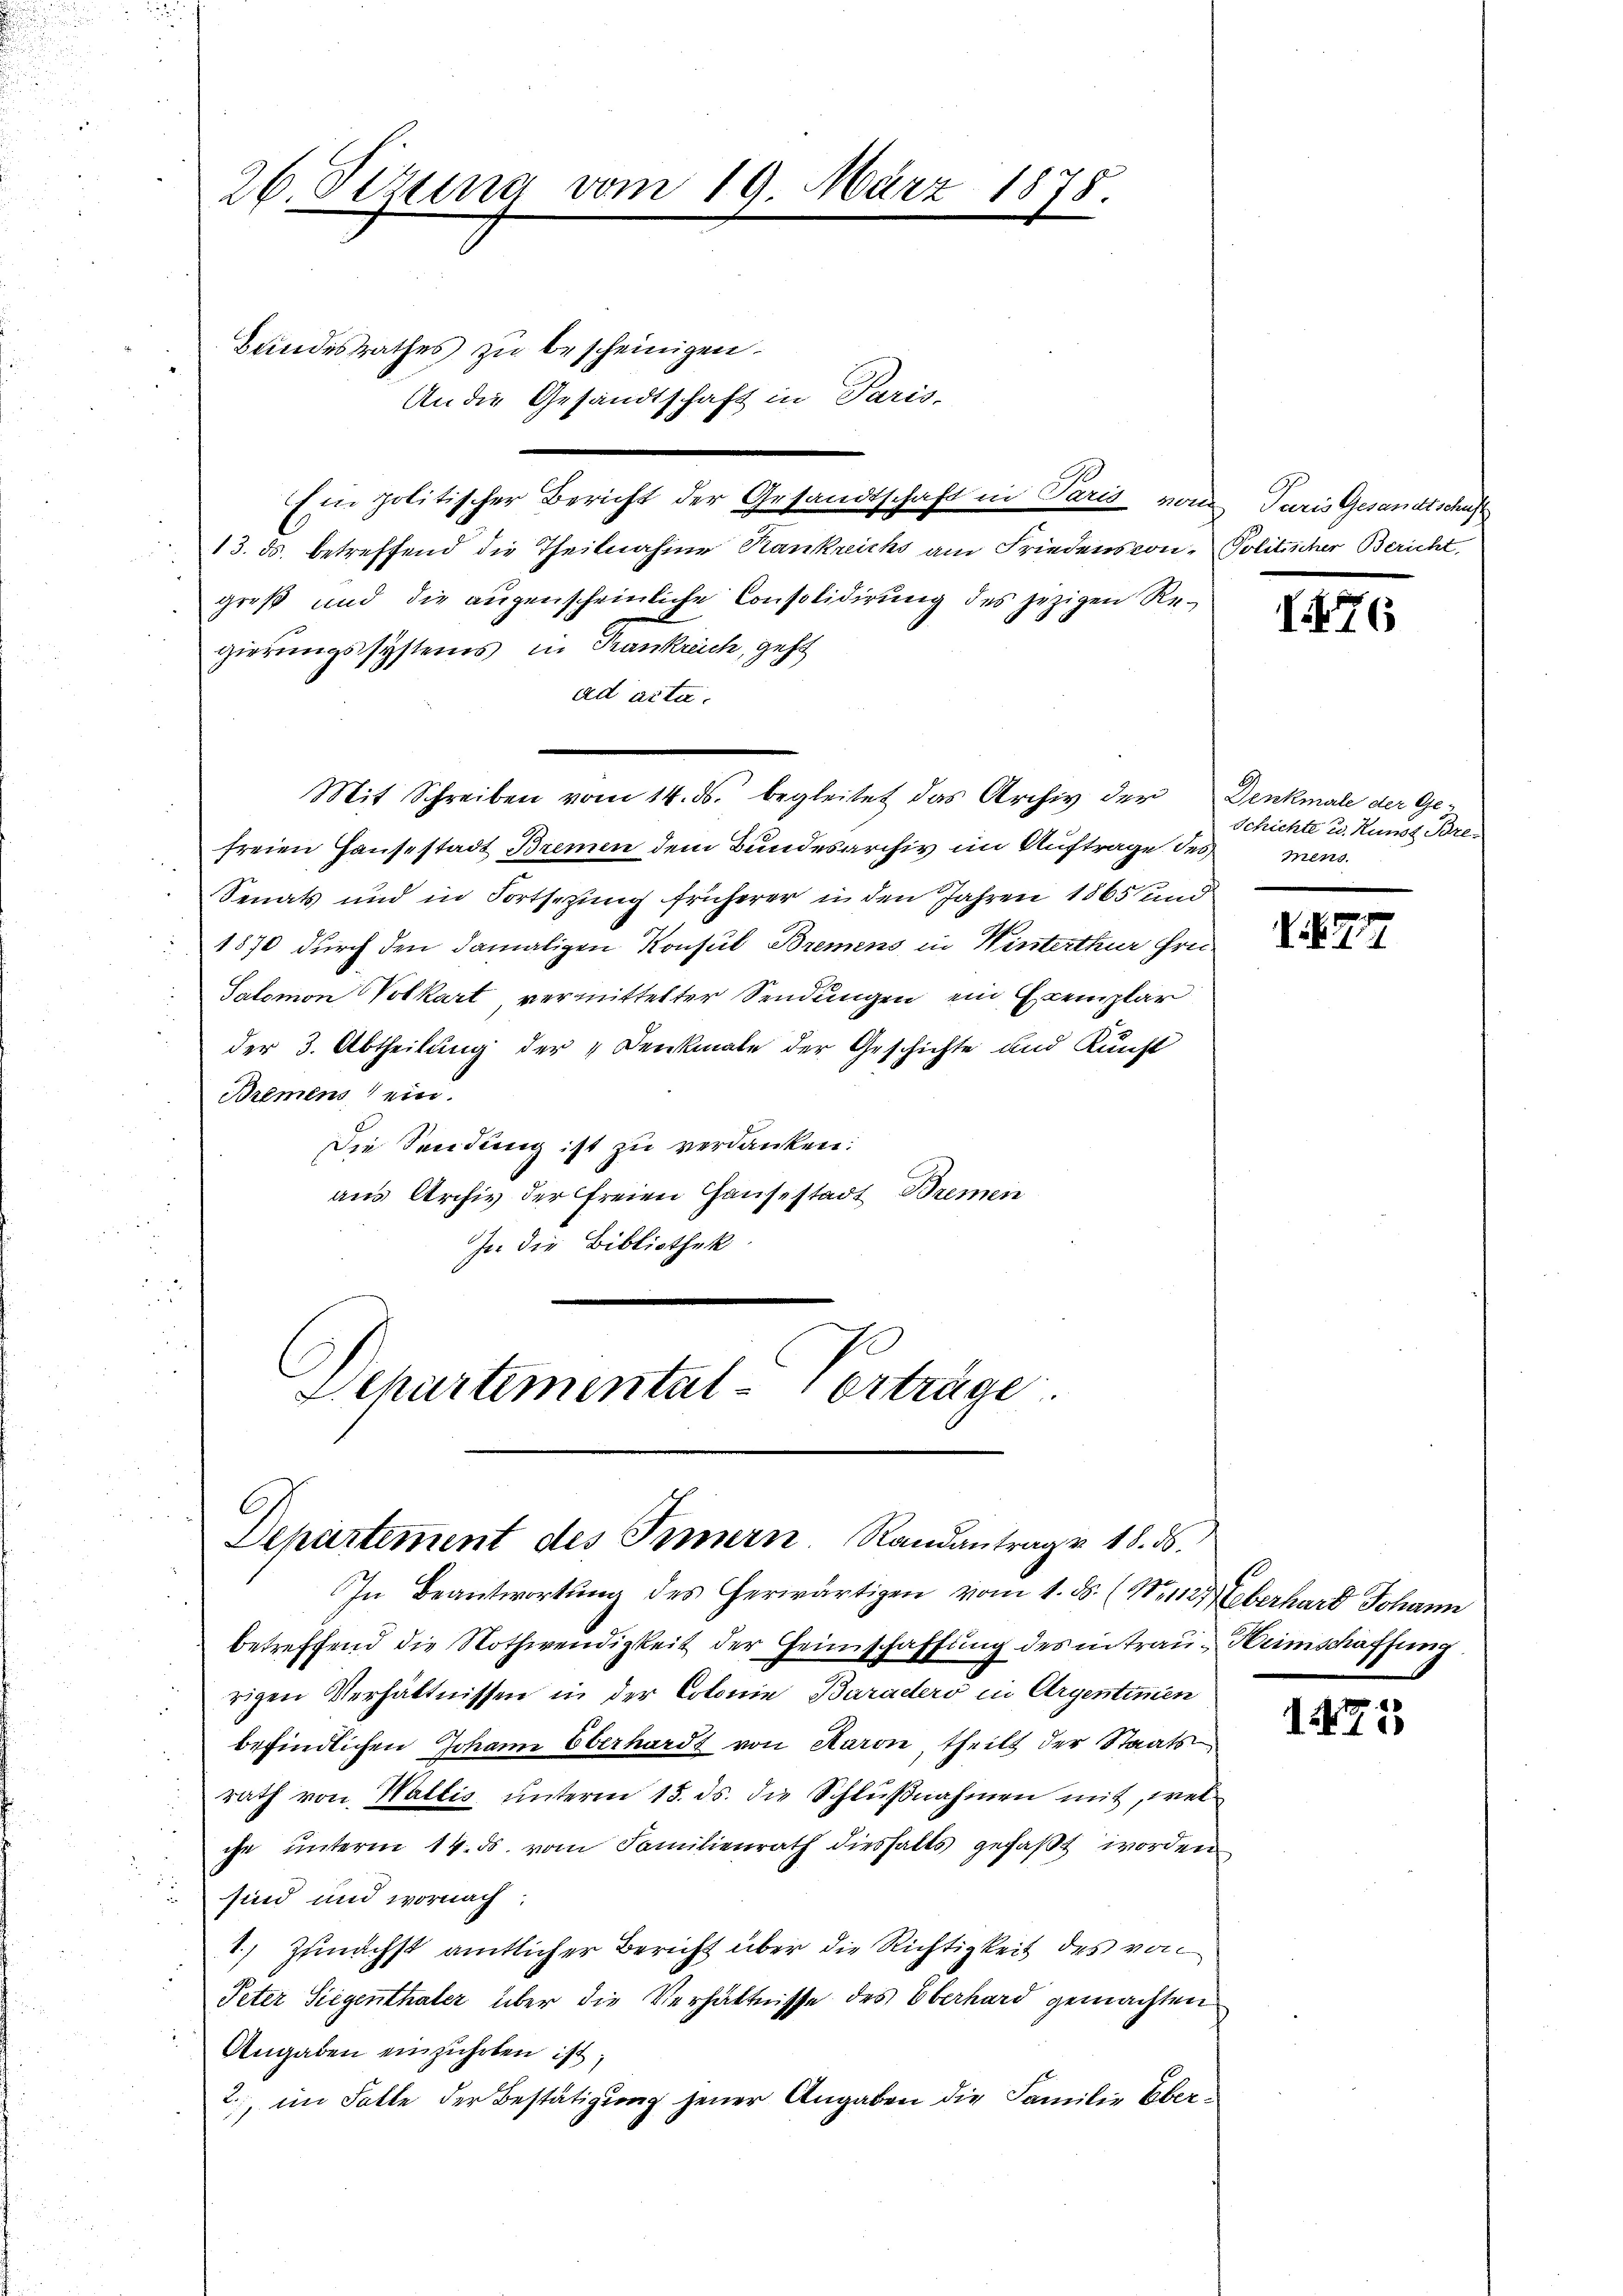
13. ds. betreffend die Theilnahme Kankreichs am Friedenskongroß und die augenscheinliche Consolidirung des jezigen Regierungssystems in Trankreich, geht
ad acta.
freien Hause stadt Bremen dem Bundesarchiv im Auftrage des mens
Senats und in Fortsezung früherer in den Jahren 1865 um
1870 durch den damaligen Konsul Bremens in Winterthur hrn.
Salomon Volkart vermittelter Sendungen ein Exemplar
der 3. Abtheilung der „Denkmale der Geschichte und Kunst
Bremens ein.
Die Sendung ist zu verdanken:
aus Archiv der freien Hausestadt Bremen
In die Bibliothek.
4
Departemental-Vorträge

26. Sizung vom 19. März 1875.
Bundesrathes zu bescheinigen.
An die Gesandtschaft in Paris,

Ein politischer Bericht der Gesandtschaft in Paris von Paris Gesandtschäft

Mit Schreiben vom 14. ds. begleitet das Archiv der

C
Dehartement des Innern. Randantrage 18. ds.
In Beantwortŭng des herwärtigen vom 1. ds. (N. 1127 Eberhard Johann

betreffend die Nothwendigkeit der Heimschaffung des in trau Heimschaffung
rigen Verhältnissen in der Colonie Baradero in Argentimen
befindlichen Johann Oberhardt von Aaron, theilt der Staats
rath von Wallis ŭnterm 15. ds. die Schlŭβnahmen mit, wel
che unteren 14. ds. vom Familienrath diesfalls gefaßt worden
sind und wornach:
1.) Zunächst amtlicher Bericht über die Richtigkeit des von
Peter Siegenthaler über die Verhältnisse des Oberhard gemachten
Angaben einzuholen ist;
2., im Falle der Bestätigung jener Angaben die Familie Ober¬

Politischer Bericht.

I76

Denkmale der Ge-
Schichte u. Kunst Bre

¬

7

17

1